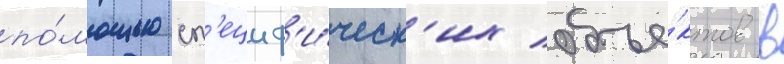
по́мощью сп'ециф'и́ческ'их объе́ктов в